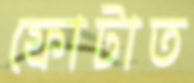
ফোটাত